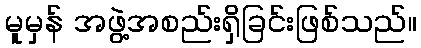
မူမှန် အဖွဲ့အစည်းရှိခြင်းဖြစ်သည်။